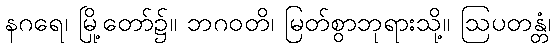
နဂရေ၊ မြို့တော်၌။ ဘဂဝတိ၊ မြတ်စွာဘုရားသို့။ ဩပတန္တံ၊